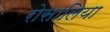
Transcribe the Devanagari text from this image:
रोसालिया